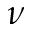
\nu